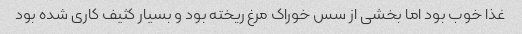
غذا خوب بود اما بخشی از سس خوراک مرغ ریخته بود و بسیار کثیف کاری شده بود